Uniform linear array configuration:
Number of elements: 8
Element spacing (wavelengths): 1
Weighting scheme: blackman
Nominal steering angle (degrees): -30
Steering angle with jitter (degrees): -28.006
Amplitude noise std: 0.05
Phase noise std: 0.05

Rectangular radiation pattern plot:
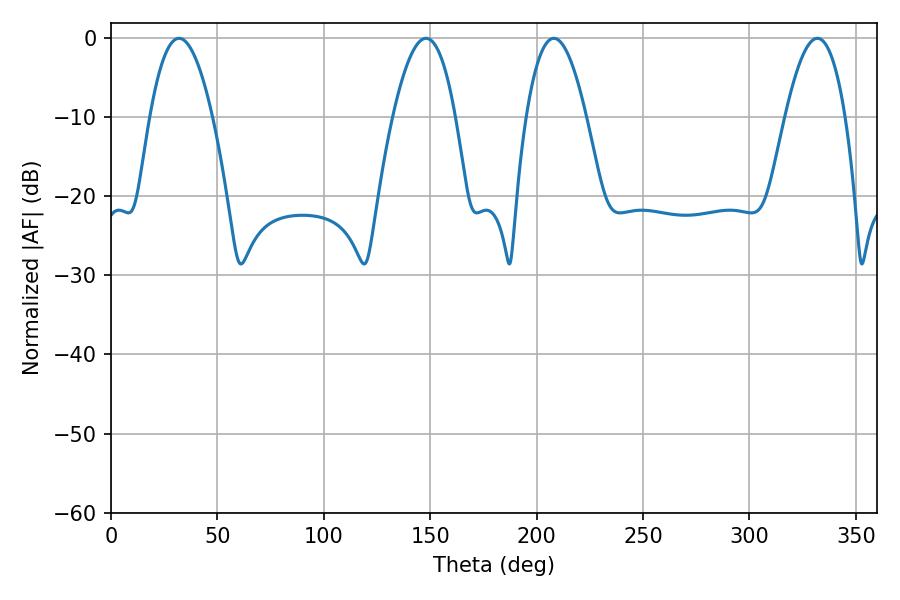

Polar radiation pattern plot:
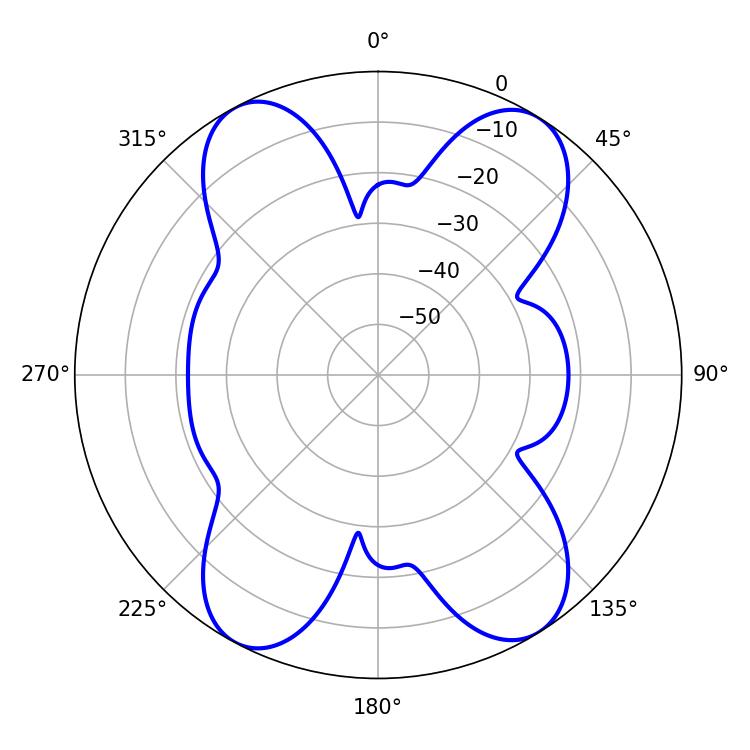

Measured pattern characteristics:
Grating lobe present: TRUE
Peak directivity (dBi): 16.863
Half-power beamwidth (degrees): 15.48
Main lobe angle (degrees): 208.08